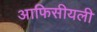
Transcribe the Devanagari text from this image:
आफिसीयली